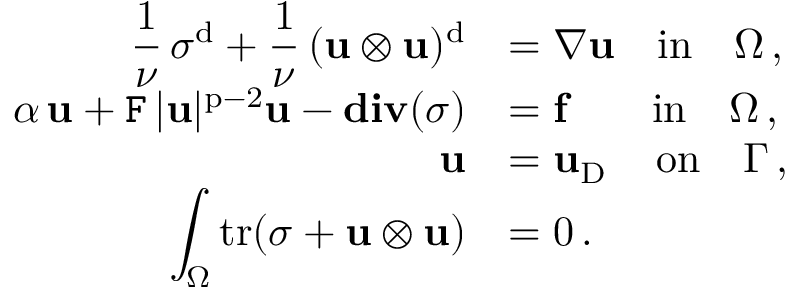
\begin{array} { r l } { \displaystyle \frac { 1 } { \nu } \, { \boldsymbol \sigma } ^ { \mathrm { d } } + \frac { 1 } { \nu } \, ( \mathbf { u } \otimes \mathbf { u } ) ^ { \mathrm { d } } } & { = \nabla \mathbf { u } \quad \mathrm { i n } \quad \Omega \, , } \\ { \displaystyle \alpha \, \mathbf { u } + \mathtt { F } \, | \mathbf { u } | ^ { \mathrm { p } - 2 } \mathbf { u } - \mathbf { d i v } ( { \boldsymbol \sigma } ) } & { = \mathbf { f } \quad \, \, \, \, \, \, \mathrm { i n } \quad \Omega \, , } \\ { \mathbf { u } } & { = \mathbf { u } _ { \mathrm { D } } \quad \, \mathrm { o n } \quad \Gamma \, , } \\ { \displaystyle \int _ { \Omega } \mathrm { t r } ( { \boldsymbol \sigma } + \mathbf { u } \otimes \mathbf { u } ) } & { = 0 \, . } \end{array}